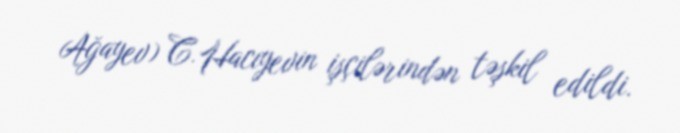
Ağayev) C.Hacıyevin işçilərindən təşkil edildi.